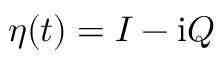
\eta ( t ) = I - \mathrm { i } Q